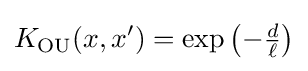
K_{\operatorname {OU} }(x,x')=\exp \left(-{\tfrac {d}{\ell }}\right)